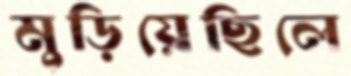
মুড়িয়েছিলে